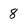
Character: 8